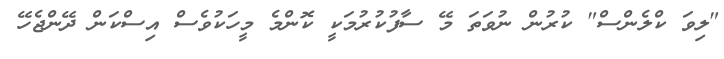
"ލިވަ ކްލެންސް" ކުރުން ނުވަތަ މޭ ސާފުކުރުމަކީ ކޮންމެ މީހަކުވެސް އިސްކަން ދޭންޖެހޭ